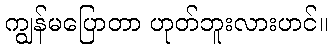
ကျွန်မပြောတာ ဟုတ်ဘူးလားဟင်။